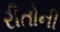
રીતોની